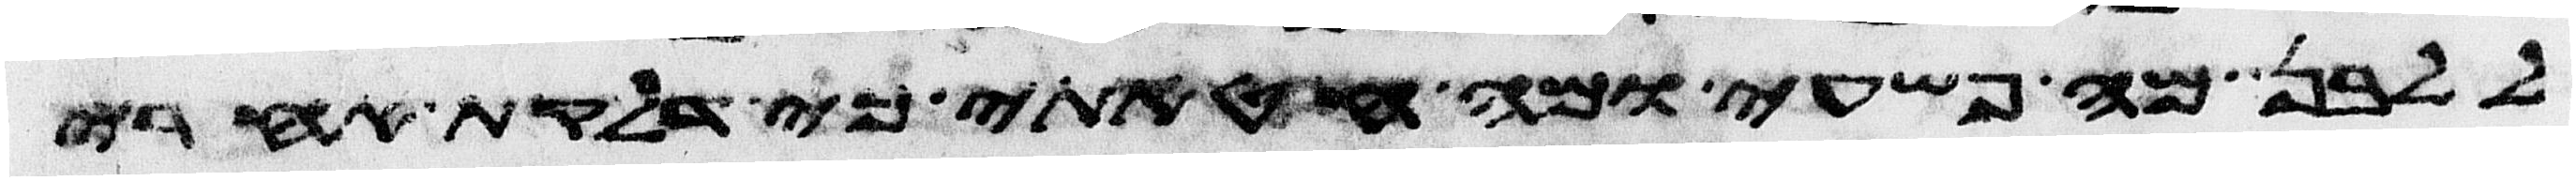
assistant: ללבן מה פשעי ומה חטאתי כי דלקת אחרי